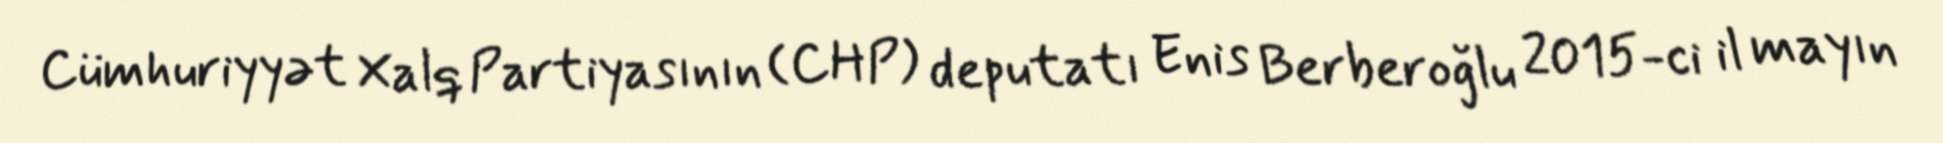
Cümhuriyyət Xalq Partiyasının (CHP) deputatı Enis Berberoğlu 2015-ci il mayın